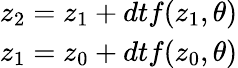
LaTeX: \begin{array}{r}{z_{2}=z_{1}+dtf(z_{1},\theta)}\\ {z_{1}=z_{0}+dtf(z_{0},\theta)}\end{array}